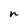
Character: n